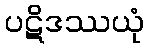
ပဋိဒဿယုံ